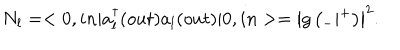
N _ { l } = < 0 , i n | a _ { l } ^ { \dagger } ( o u t ) a _ { l } ( o u t ) | 0 , i n > = \left| g \left( { } _ { - } | { } ^ { + } \right) \right| ^ { 2 } .